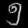
Digit: ၅